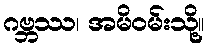
ဂဗ္ဘဿ၊ အမိဝမ်းသို့။